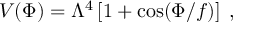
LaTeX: V ( \Phi ) = \Lambda ^ { 4 } \left[ 1 + \cos ( \Phi / f ) \right] \; ,